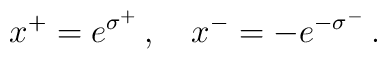
x^+ = e^{\sigma^+}\, , \quad x^- = -e^{-\sigma^-}\, .